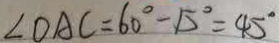
\angle D A C = 6 0 ^ { \circ } - 1 5 ^ { \circ } = 4 5 ^ { \circ }